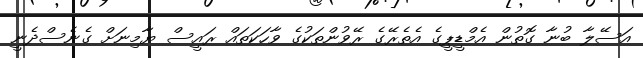
އަސޭލާ ބުނާ ގޮތުން އެމްޑީޕީގެ އެތެރޭގެ ރޭވުންތަކުގެ ވާހަކަތައް ރައީސް ޔާމިނަށް ގެނެސްދެނީ